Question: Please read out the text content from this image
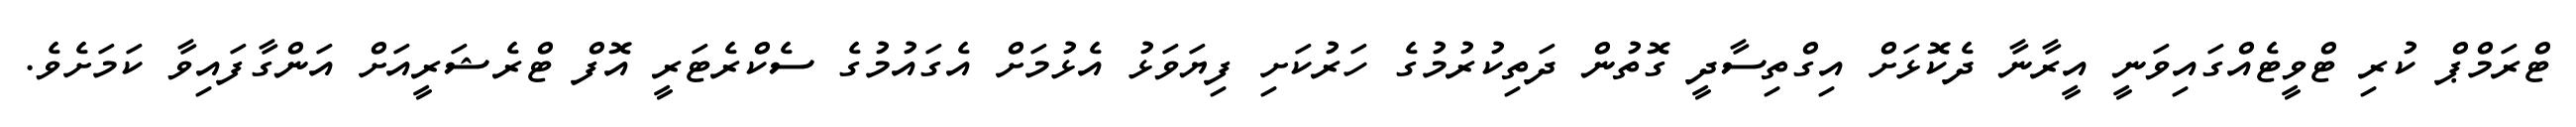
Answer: ޓްރަމްޕް ކުރި ޓްވީޓެއްގައިވަނީ އީރާނާ ދެކޮޅަށް އިގްތިސާދީ ގޮތުން ދަތިކުރުމުގެ ހަރުކަށި ފިޔަވަޅު އެޅުމަށް އެގައުމުގެ ސެކްރެޓަރީ އޮފް ޓްރެޝަރީއަށް އަންގާފައިވާ ކަމަށެވެ.